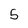
Character: 5